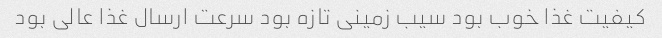
کیفیت غذا خوب بود سیب زمینی تازه بود سرعت ارسال غذا عالی بود